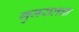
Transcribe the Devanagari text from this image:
गुजरालचा